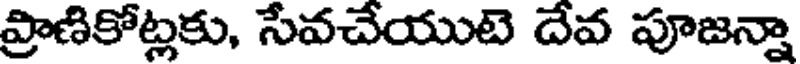
ప్రాణికోట్లకు, సేవచేయుటె దేవ పూజన్నా